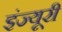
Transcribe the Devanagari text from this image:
इंज्यूरी